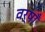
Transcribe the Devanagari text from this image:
वर्षाँ